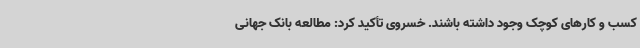
کسب و کارهای کوچک وجود داشته باشند. خسروی تأکید کرد: مطالعه بانک جهانی